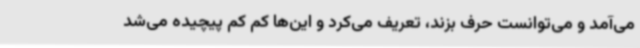
می‌آمد و می‌توانست حرف بزند، تعریف می‌کرد و این‌ها کم کم پیچیده می‌شد